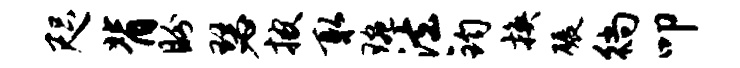
咫背盼瑟披取琬法钧换碾徜叩